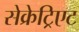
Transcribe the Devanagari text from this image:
सेक्रेट्रिएट